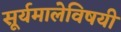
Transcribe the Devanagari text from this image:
सूर्यमालेविषयी